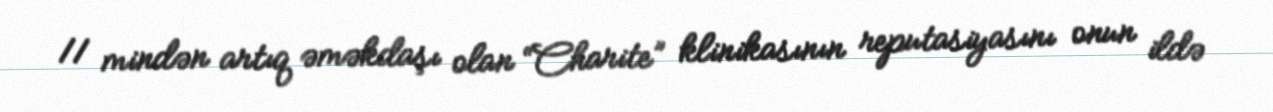
11 mindən artıq əməkdaşı olan “Charite” klinikasının reputasiyasını onun ildə